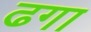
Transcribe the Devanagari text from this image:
ढगा